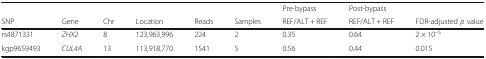
<table><thead><tr><td></td><td></td><td></td><td></td><td></td><td></td><td><b>Pre-bypass</b></td><td><b>Post-bypass</b></td><td></td></tr><tr><td><b>SNP</b></td><td><b>Gene</b></td><td><b>Chr</b></td><td><b>Location</b></td><td><b>Reads</b></td><td><b>Samples</b></td><td><b>REF/ALT + REF</b></td><td><b>REF/ALT + REF</b></td><td><b>FDR-adjusted <i>p</i> value</b></td></tr></thead><tbody><tr><td>rs4871331</td><td><i>ZHX2</i></td><td>8</td><td>123,963,996</td><td>224</td><td>2</td><td>0.35</td><td>0.64</td><td>2 × 10<sup>–5</sup></td></tr><tr><td>kgp9659493</td><td><i>CUL4A</i></td><td>13</td><td>113,918,770</td><td>1541</td><td>5</td><td>0.56</td><td>0.44</td><td>0.015</td></tr></tbody></table>